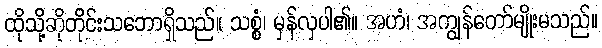
ထိုသို့ဆိုတိုင်းသဘောရှိသည်။ သစ္စံ၊ မှန်လှပါ၏။ အဟံ၊ အကျွန်တော်မျိုးမသည်။